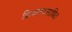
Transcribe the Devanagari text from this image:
क्रियापदसाधित